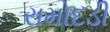
રામોદડી